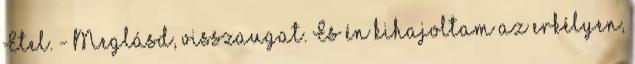
Etel. - Meglásd, visszaugat. És én kihajoltam az erkélyen,